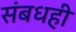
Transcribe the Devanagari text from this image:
संबधही